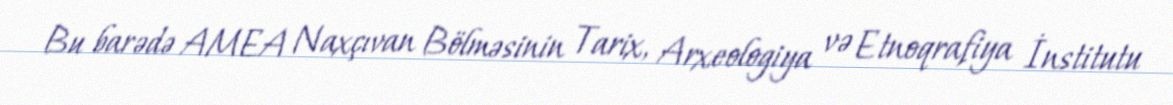
Bu barədə AMEA Naxçıvan Bölməsinin Tarix, Arxeologiya və Etnoqrafiya İnstitutu